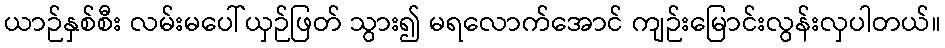
ယာဉ်နှစ်စီး လမ်းမပေါ်ယှဉ်ဖြတ် သွား၍ မရလောက်အောင် ကျဉ်းမြောင်းလွန်းလှပါတယ်။